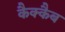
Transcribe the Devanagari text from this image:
कैक्कैब